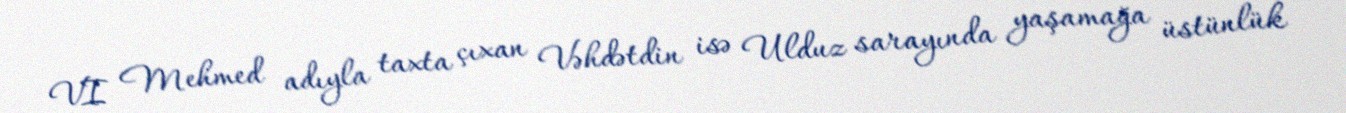
VI Mehmed adıyla taxta çıxan Vəhdətdin isə Ulduz sarayında yaşamağa üstünlük